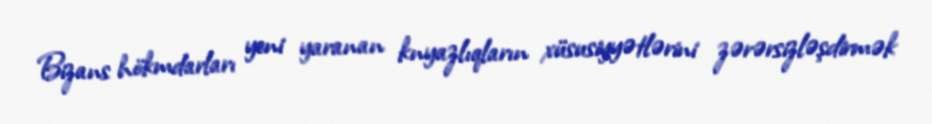
Bizans hökmdarları yeni yaranan knyazlıqların xüsusiyyətlərini zərərsizləşdirmək